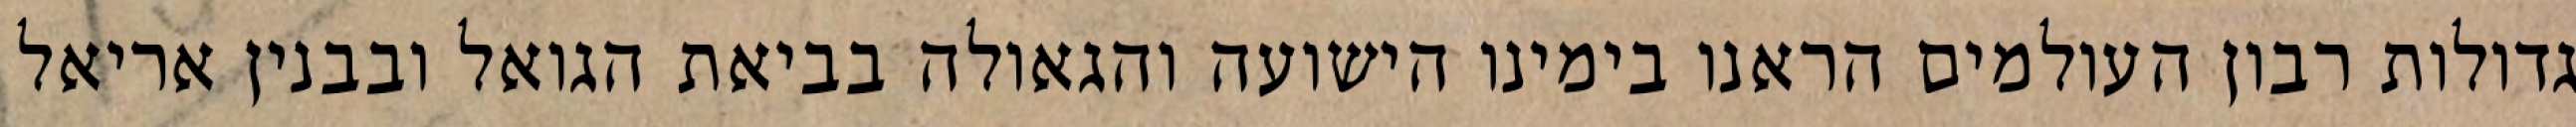
גדולות רבון העולמים הראנו בימינו הישועה והגאולה בביאת הגואל ובבנין אריאל